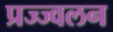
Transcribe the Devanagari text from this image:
प्रज्ज्वलन